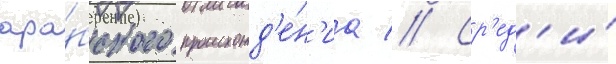
ара́бского происхожд'е́н'иа // Ср'ед'и́